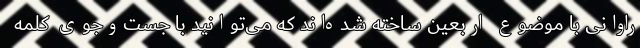
راوانی با موضوع اربعین ساخته شده‌اند که می‌توانید با جست‌وجوی کلمه